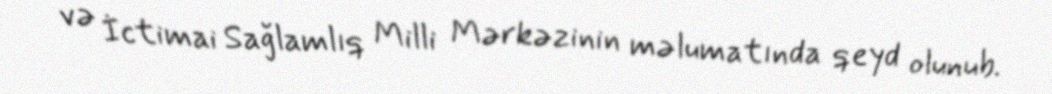
və İctimai Sağlamlıq Milli Mərkəzinin məlumatında qeyd olunub.